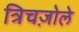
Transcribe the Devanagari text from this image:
त्रिचज़ोले